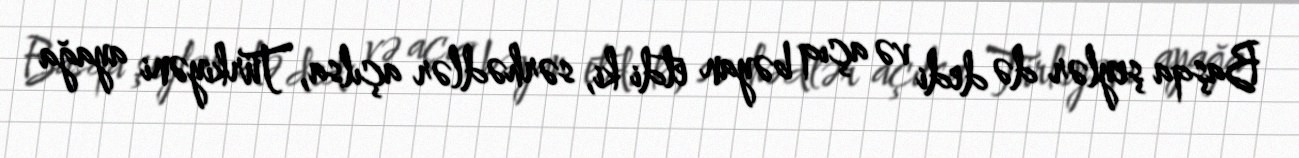
Başqa şeylər də dedi və açıq bəyan etdi ki, sərhədlər açılsa, Türkiyəni ayağa